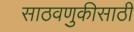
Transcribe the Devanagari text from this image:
साठवणुकीसाठी